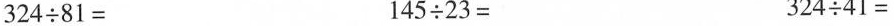
$$3 2 4 \times 8 1 =$$ $$1 4 5 \div 2 3 =$$ $$3 2 4 \div 4 1 =$$